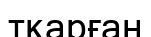
тқарған